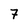
Character: 7